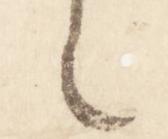
之